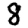
Digit: 8